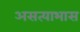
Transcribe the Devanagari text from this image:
असत्याभास